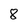
Character: 8